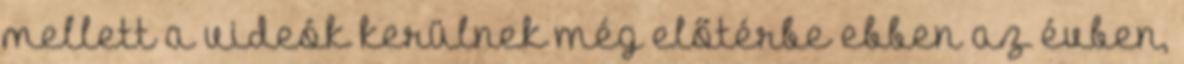
mellett a videók kerülnek még előtérbe ebben az évben,